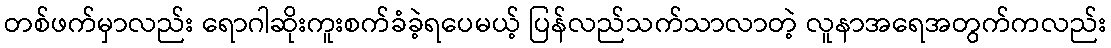
တစ်ဖက်မှာလည်း ရောဂါဆိုးကူးစက်ခံခဲ့ရပေမယ့် ပြန်လည်သက်သာလာတဲ့ လူနာအရေအတွက်ကလည်း